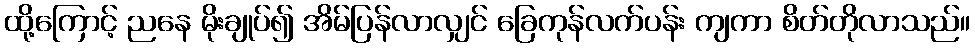
ထို့ကြောင့် ညနေ မိုးချုပ်၍ အိမ်ပြန်လာလျှင် ခြေကုန်လက်ပန်း ကျကာ စိတ်တိုလာသည်။